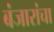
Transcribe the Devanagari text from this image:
बंजारांचा